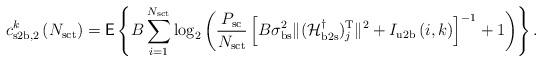
LaTeX: \begin{align*}c^k_{\mathrm{s2b},2} \left(N_{\mathrm{sct}}\right) = \mathsf{E} \left\lbrace B \sum_{i=1}^{N_{\mathrm{sct}}}\log_2\left( \frac{P_{\mathrm{sc}}}{N_{\mathrm{sct}}} \left[B\sigma^2_{\mathrm{bs}} \|(\mathcal{H}^{\dagger}_{\mathrm{b2s}})^\mathrm{T}_j \|^{2} + I_{\mathrm{u2b}} \left( i, k \right) \right]^{-1}+1 \right) \right\rbrace.\end{align*}